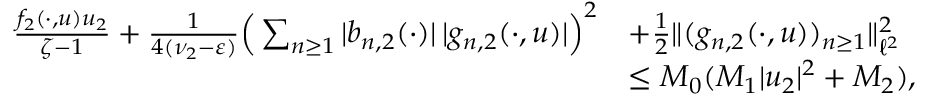
\begin{array} { r l } { \frac { { f } _ { 2 } ( \cdot , u ) u _ { 2 } } { \zeta - 1 } + \frac { 1 } { 4 ( \nu _ { 2 } - \varepsilon ) } \Big ( \sum _ { n \geq 1 } | b _ { n , 2 } ( \cdot ) | \, | g _ { n , 2 } ( \cdot , u ) | \Big ) ^ { 2 } } & { + \frac 1 2 \| ( g _ { n , 2 } ( \cdot , u ) ) _ { n \geq 1 } \| _ { \ell ^ { 2 } } ^ { 2 } } \\ & { \leq M _ { 0 } ( M _ { 1 } | u _ { 2 } | ^ { 2 } + M _ { 2 } ) , } \end{array}